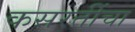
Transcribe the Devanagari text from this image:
कसरतींचा